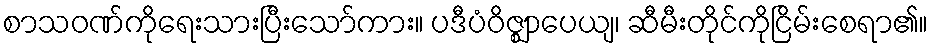
စာသဝဏ်ကိုရေးသားပြီးသော်ကား။ ပဒီပံဝိဇ္ဈာပေယျ၊ ဆီမီးတိုင်ကိုငြိမ်းစေရာ၏။